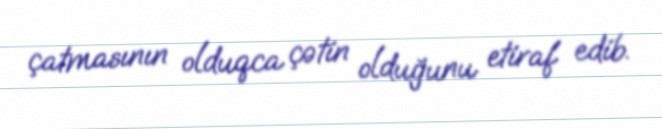
çatmasının olduqca çətin olduğunu etiraf edib.